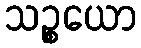
သဉ္စယော